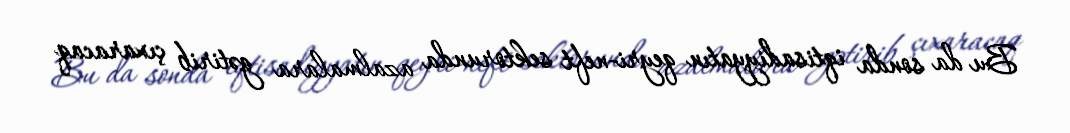
Bu da sonda iqtisadiyyatın qeyri-neft sektorunda azalmalara gətirib çıxaracaq